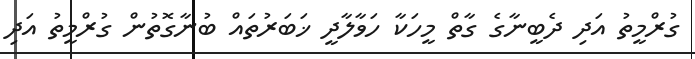
ގުރްމީތު އަދި ދެބީނާގެ ގާތް މީހަކާ ހަވާލާދީ ޚަބަރުތައް ބުނާގޮތުން ގުރްމީތު އަދި